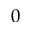
0